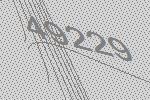
49229